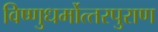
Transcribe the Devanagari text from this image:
विष्‍णुधर्मोत्‍तरपुराण